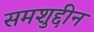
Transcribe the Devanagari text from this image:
समशुद्दीन